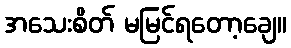
အသေးစိတ် မမြင်ရတော့ချေ။